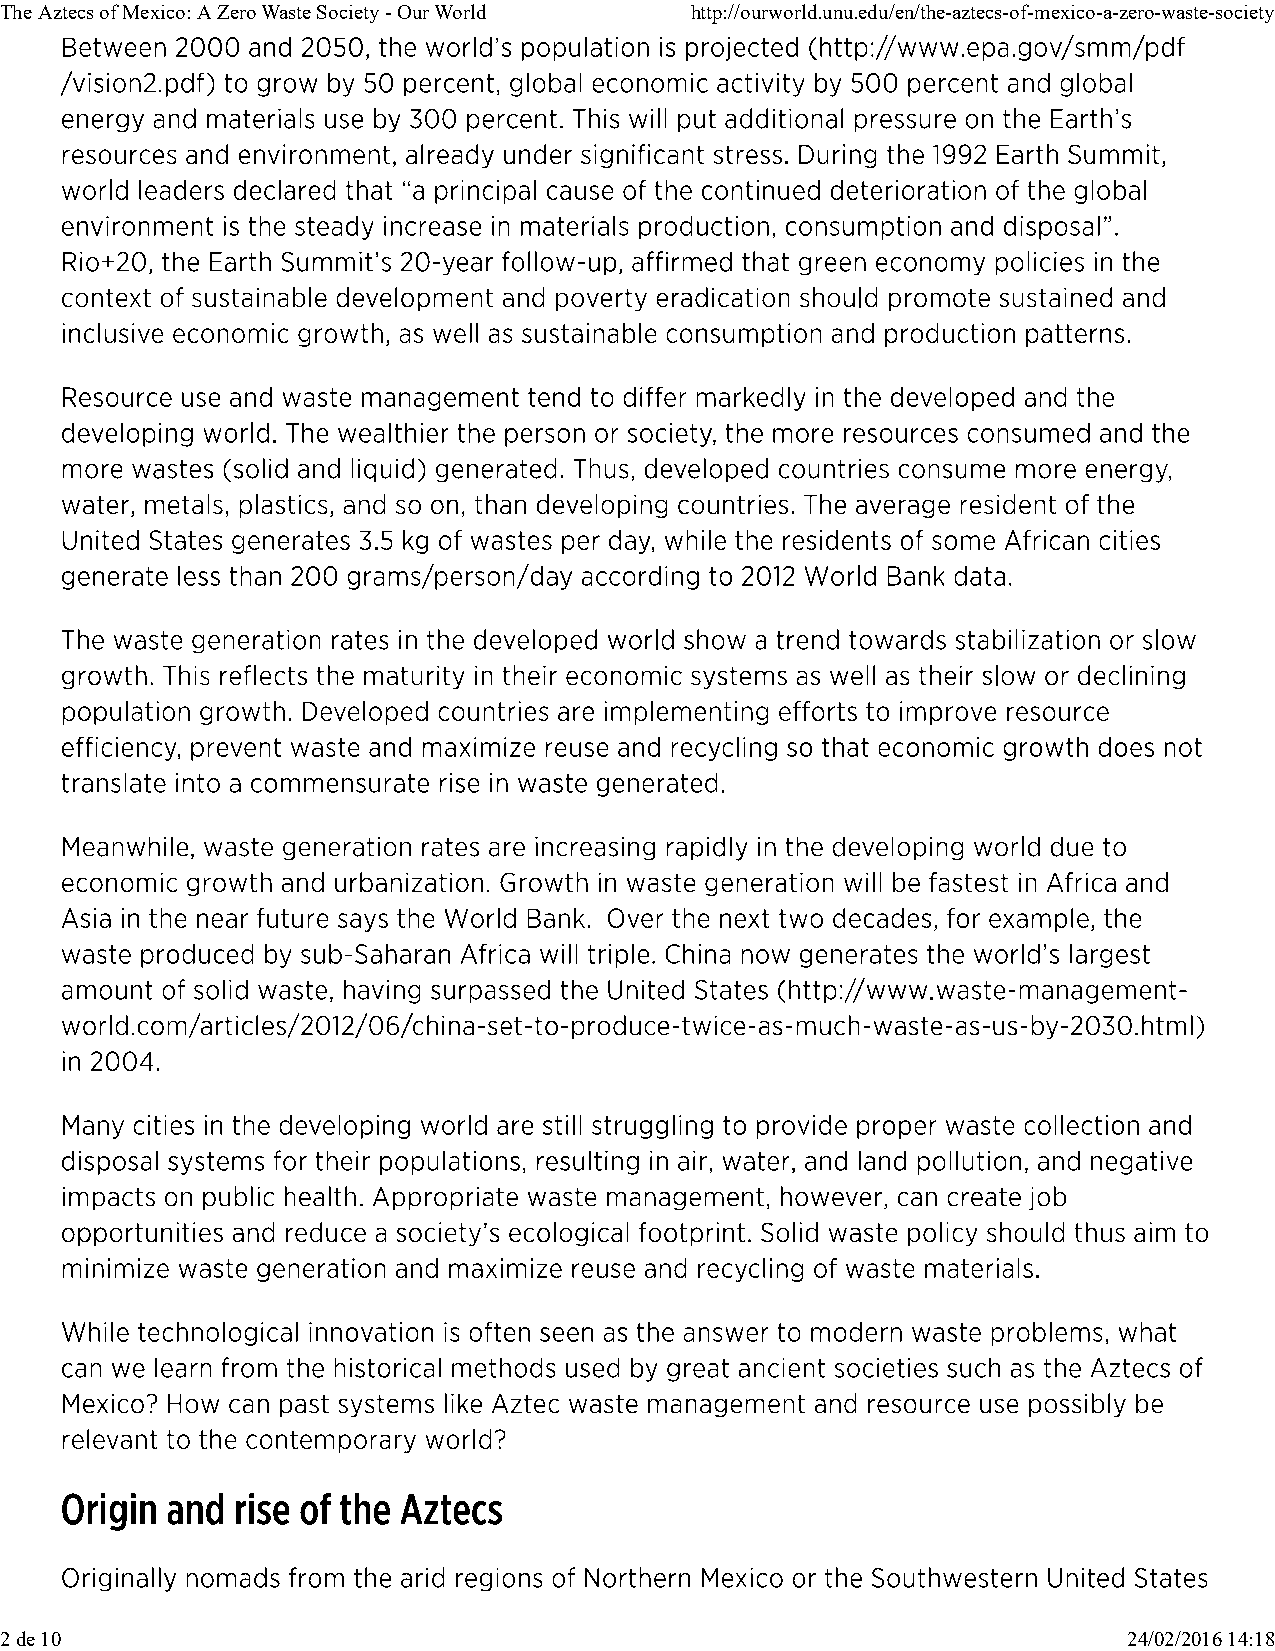
The Aztecs of Mexico: A Zero Waste Society - Our World http://ourworld.unu.edu/en/the-aztecs-of-mexico-a-zero-waste-society
 2 de 10                                                                    24/02/2016 14:18